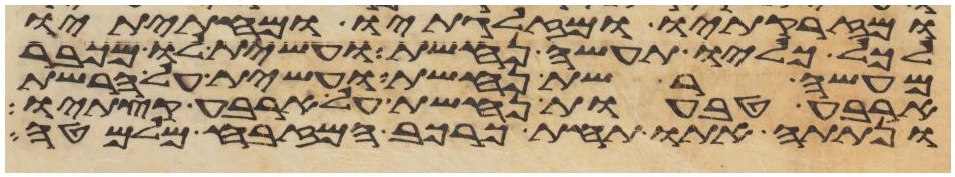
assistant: ומזרקתיו ומזלגתיו ומחתיתיו
לכל כליו תעשה נחשת ועשית לו מכבר
מעשה רשת נחשת ועשית על הרשת
ארבע טבעות נחשת על ארבע קצתיו
ונתתה אתו תחת כרכב המזבח מלמטה